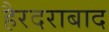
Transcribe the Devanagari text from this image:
हैरदराबाद